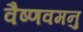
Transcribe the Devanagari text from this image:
वैष्णवमनु